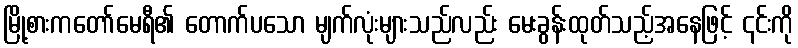
မြို့စားကတော်မေရီ၏ တောက်ပသော မျက်လုံးများသည်လည်း မေးခွန်းထုတ်သည့်အနေဖြင့် ၎င်းကို